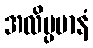
အလိမ္ပမာနံ